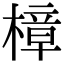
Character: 樟